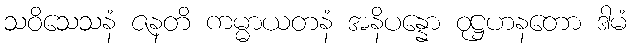
သဝိသေသနံ ဇနတိ ကမ္မာယတနံ အနိပန္နော ဝုဋ္ဌဟနတော ဒါမံ